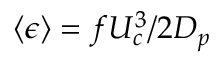
\langle \epsilon \rangle = f U _ { c } ^ { 3 } / 2 D _ { p }